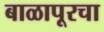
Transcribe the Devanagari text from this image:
बाळापूरचा